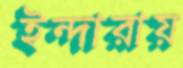
ইন্দারায়